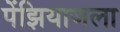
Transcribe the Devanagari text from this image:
पेंझियाजला